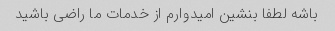
باشه لطفا بنشین امیدوارم از خدمات ما راضی باشید